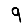
Digit: 9